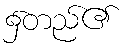
၌တည်၏